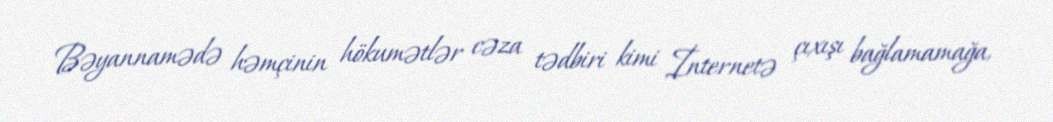
Bəyannamədə həmçinin hökumətlər cəza tədbiri kimi İnternetə çıxışı bağlamamağa,